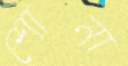
শোনা